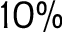
1 0 \%